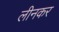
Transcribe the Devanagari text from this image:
लीनकर